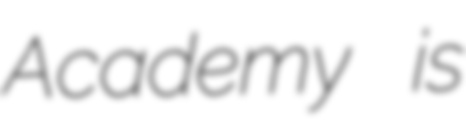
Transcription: Academy is